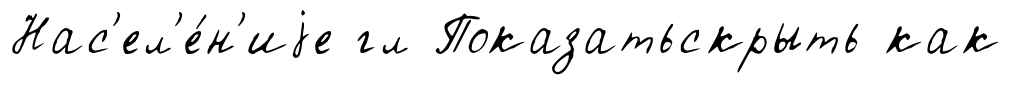
Нас'ел'е́н'иjе гл Показатьскрыть как